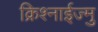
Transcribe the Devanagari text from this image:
क्रिश्नाईज्मु